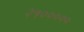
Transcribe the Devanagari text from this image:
२५०००००